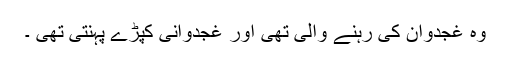
وہ غجدوان کی رہنے والی تھی اور غجدوانی کپڑے پہنتی تھی ۔